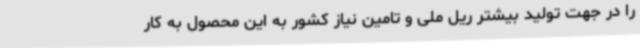
را در جهت تولید بیشتر ریل ملی و تامین نیاز کشور به این محصول به کار